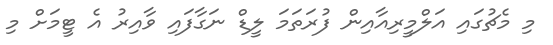
މި މެޗުގައި އަލްމީރިއާއިން ފުރަތަމަ ލީޑް ނަގާފައި ވާއިރު އެ ޓީމަށް މި